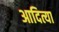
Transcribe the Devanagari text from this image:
आदित्या